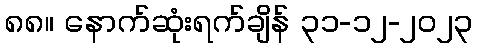
၈၈။ နောက်ဆုံးရက်ချိန် ၃၁-၁၂-၂၀၂၃